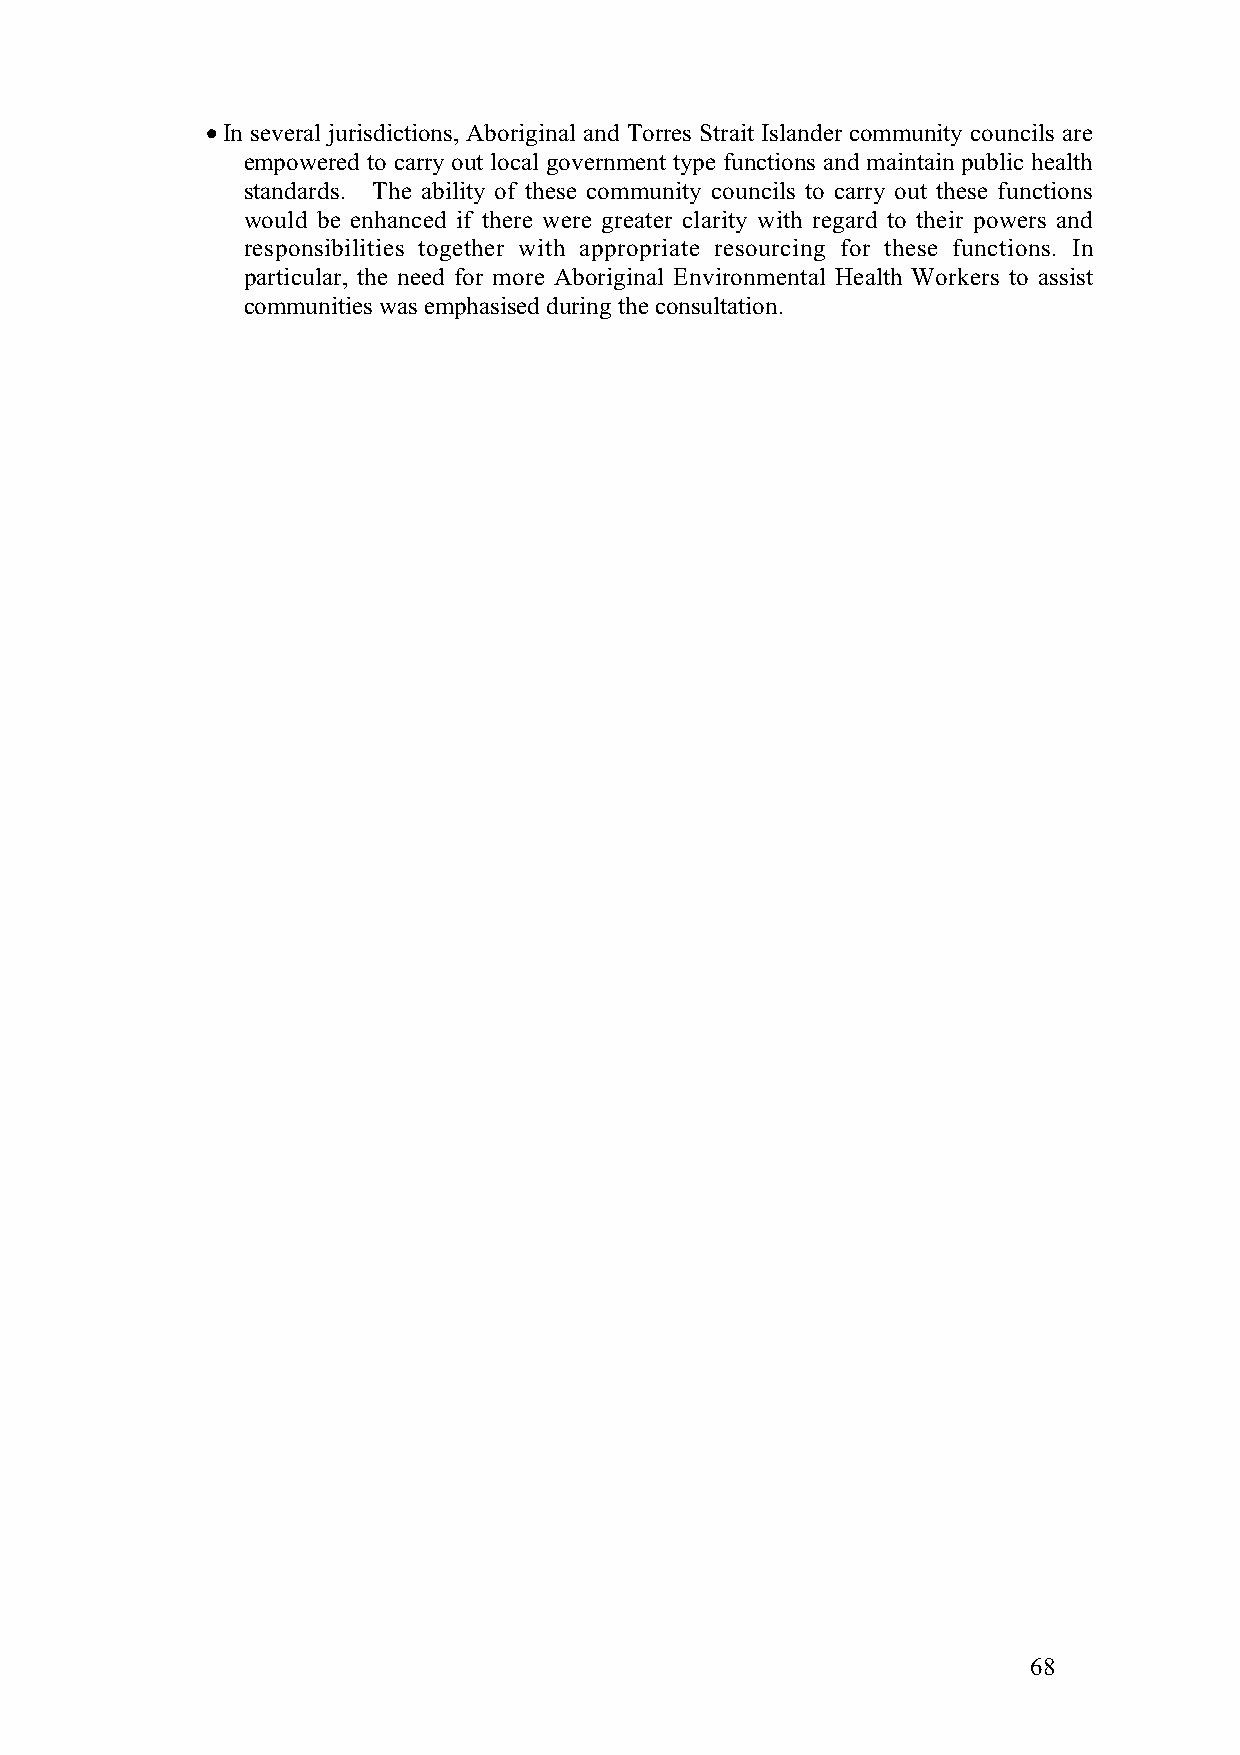
• In several jurisdictions, Aboriginal and Torres Strait Islander community councils are
 empowered to carry out local government type functions and maintain public health
 standards. The ability of these community councils to carry out these functions
 would be enhanced if there were greater clarity with regard to their powers and
 responsibilities together with appropriate resourcing for these functions. In
 particular, the need for more Aboriginal Environmental Health Workers to assist
 communities was emphasised during the consultation.
 68